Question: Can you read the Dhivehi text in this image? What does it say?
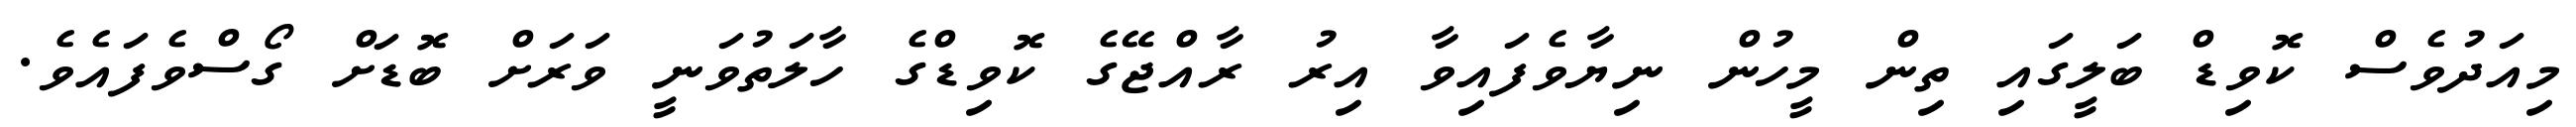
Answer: މިއަދުވެސް ކޮވިޑް ބަލީގައި ތިން މީހުން ނިޔާވެފައިވާ އިރު ރާއްޖޭގެ ކޮވިޑްގެ ހާލަތުވަނީ ވަރަށް ބޮޑަށް ގޯސްވެފައެވެ.